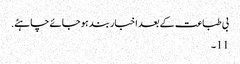
بی طباعت کے بعد اخبار بند ہو جائے چاہئے.
11 ۔